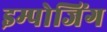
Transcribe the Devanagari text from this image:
इम्पोजिंग